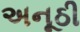
અનૂઠી